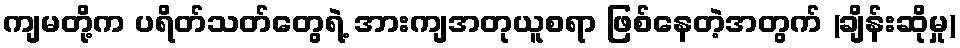
ကျမတို့က ပရိတ်သတ်တွေရဲ့ အားကျအတုယူစရာ ဖြစ်နေတဲ့အတွက် (ချိန်းဆိုမှု)